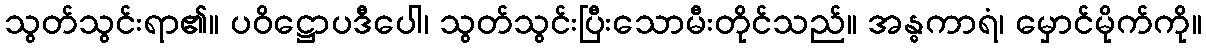
သွတ်သွင်းရာ၏။ ပဝိဋ္ဌောပဒီပေါ၊ သွတ်သွင်းပြီးသောမီးတိုင်သည်။ အန္ဓကာရံ၊ မှောင်မိုက်ကို။